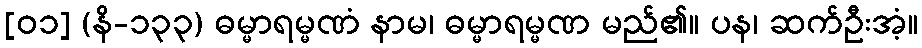
[၀၁] (နိ-၁၃၃) ဓမ္မာရမ္မဏံ နာမ၊ ဓမ္မာရမ္မဏ မည်၏။ ပန၊ ဆက်ဦးအံ့။